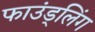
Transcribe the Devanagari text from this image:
फाउंड्लिंग